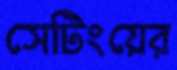
সেটিংয়ের